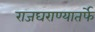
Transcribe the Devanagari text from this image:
राजघराण्यातर्फे